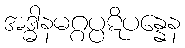
အဒ္ဓါနမဂ္ဂပ္ပဋိပန္နေန